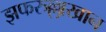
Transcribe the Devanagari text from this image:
झफरुल्लाखान